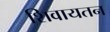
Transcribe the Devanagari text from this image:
शिवायतन